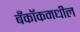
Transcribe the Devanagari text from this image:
बँकॉकमधील